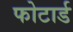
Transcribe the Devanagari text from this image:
फोटार्ड